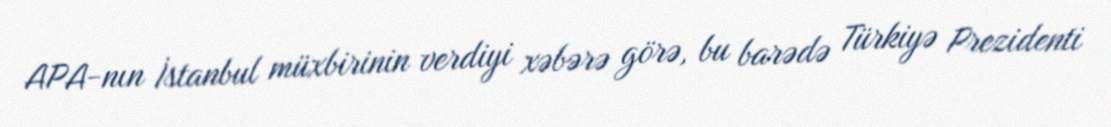
APA-nın İstanbul müxbirinin verdiyi xəbərə görə, bu barədə Türkiyə Prezidenti